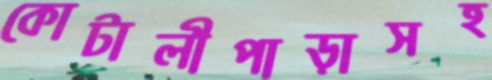
কোটালীপাড়াসহ